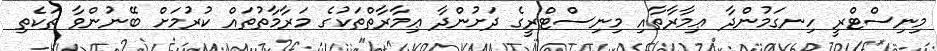
މިނިސްޓްރީ ހިނގަމުންދާ ޢިމާރާތާއި މިނިސްޓްރީގެ ދަށުންދާ ޢިމާރާތްތަކުގެ މަރާމާތުތައް ކުރުމަށް ބޭނުންވާ ތަކެތި